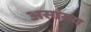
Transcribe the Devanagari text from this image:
असांख्य